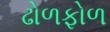
ઢોળફોળ